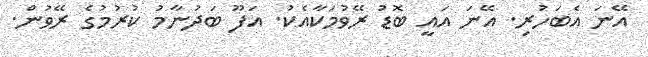
އޭނަ އެބަހުރި. އޭނަ އައީ ބޮޑު ރޭވުމަކާއެކު. އަފޫ ބަދުނާމު ކުރުމުގެ ރޭވުން.